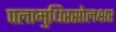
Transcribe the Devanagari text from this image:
पलामुधिरसोलक्षर